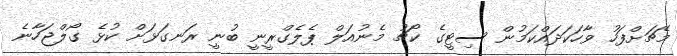
މެޗަށްފަހު ވާހަކަދައްކަމުން ސިޓީގެ ކޯޗު މެނުއަލް ޕެލެގްރީނީ ބުނީ ރަނގަޅަށް ކުޅެ ގޯލްޖަހާނެ